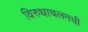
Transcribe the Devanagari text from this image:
विरुधाचलमची